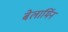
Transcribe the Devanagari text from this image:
बेलार्मिन